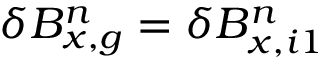
\delta B _ { x , g } ^ { n } = \delta B _ { x , i 1 } ^ { n }